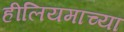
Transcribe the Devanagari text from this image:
हीलियमाच्या